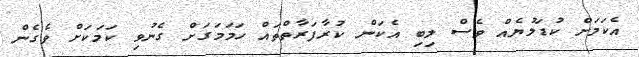
އެކަމަށް ކުޑަލުޔެއް ވެސް ލިބި އެކަން ކުރާފަރާތްތައް ހަމަމަގަށް ގެނުވި ކަމަކަށް ވެގެން